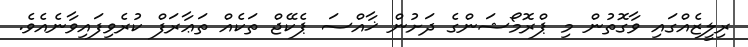
ރިލީޒެއްގައި ވާގޮތުން މި ޕްރޮމޯޝަންގެ ދަށުން ޚާއްސަ ޕެކޭޖް ތަކެއް ތަޢާރަފް ކުރެވިފައިވާނެއެވެ.